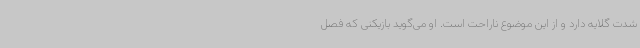
شدت گلایه دارد و از این موضوع ناراحت است. او می‌گوید بازیکنی که فصل